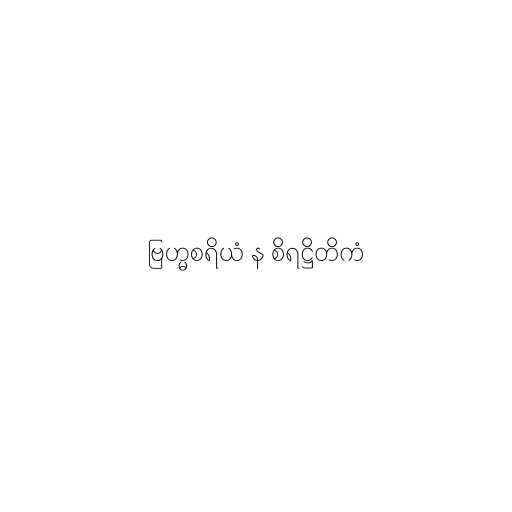
ဗြဟ္မစရိယံ န စိရဋ္ဌိတိကံ